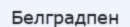
Белградпен